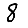
Digit: 8